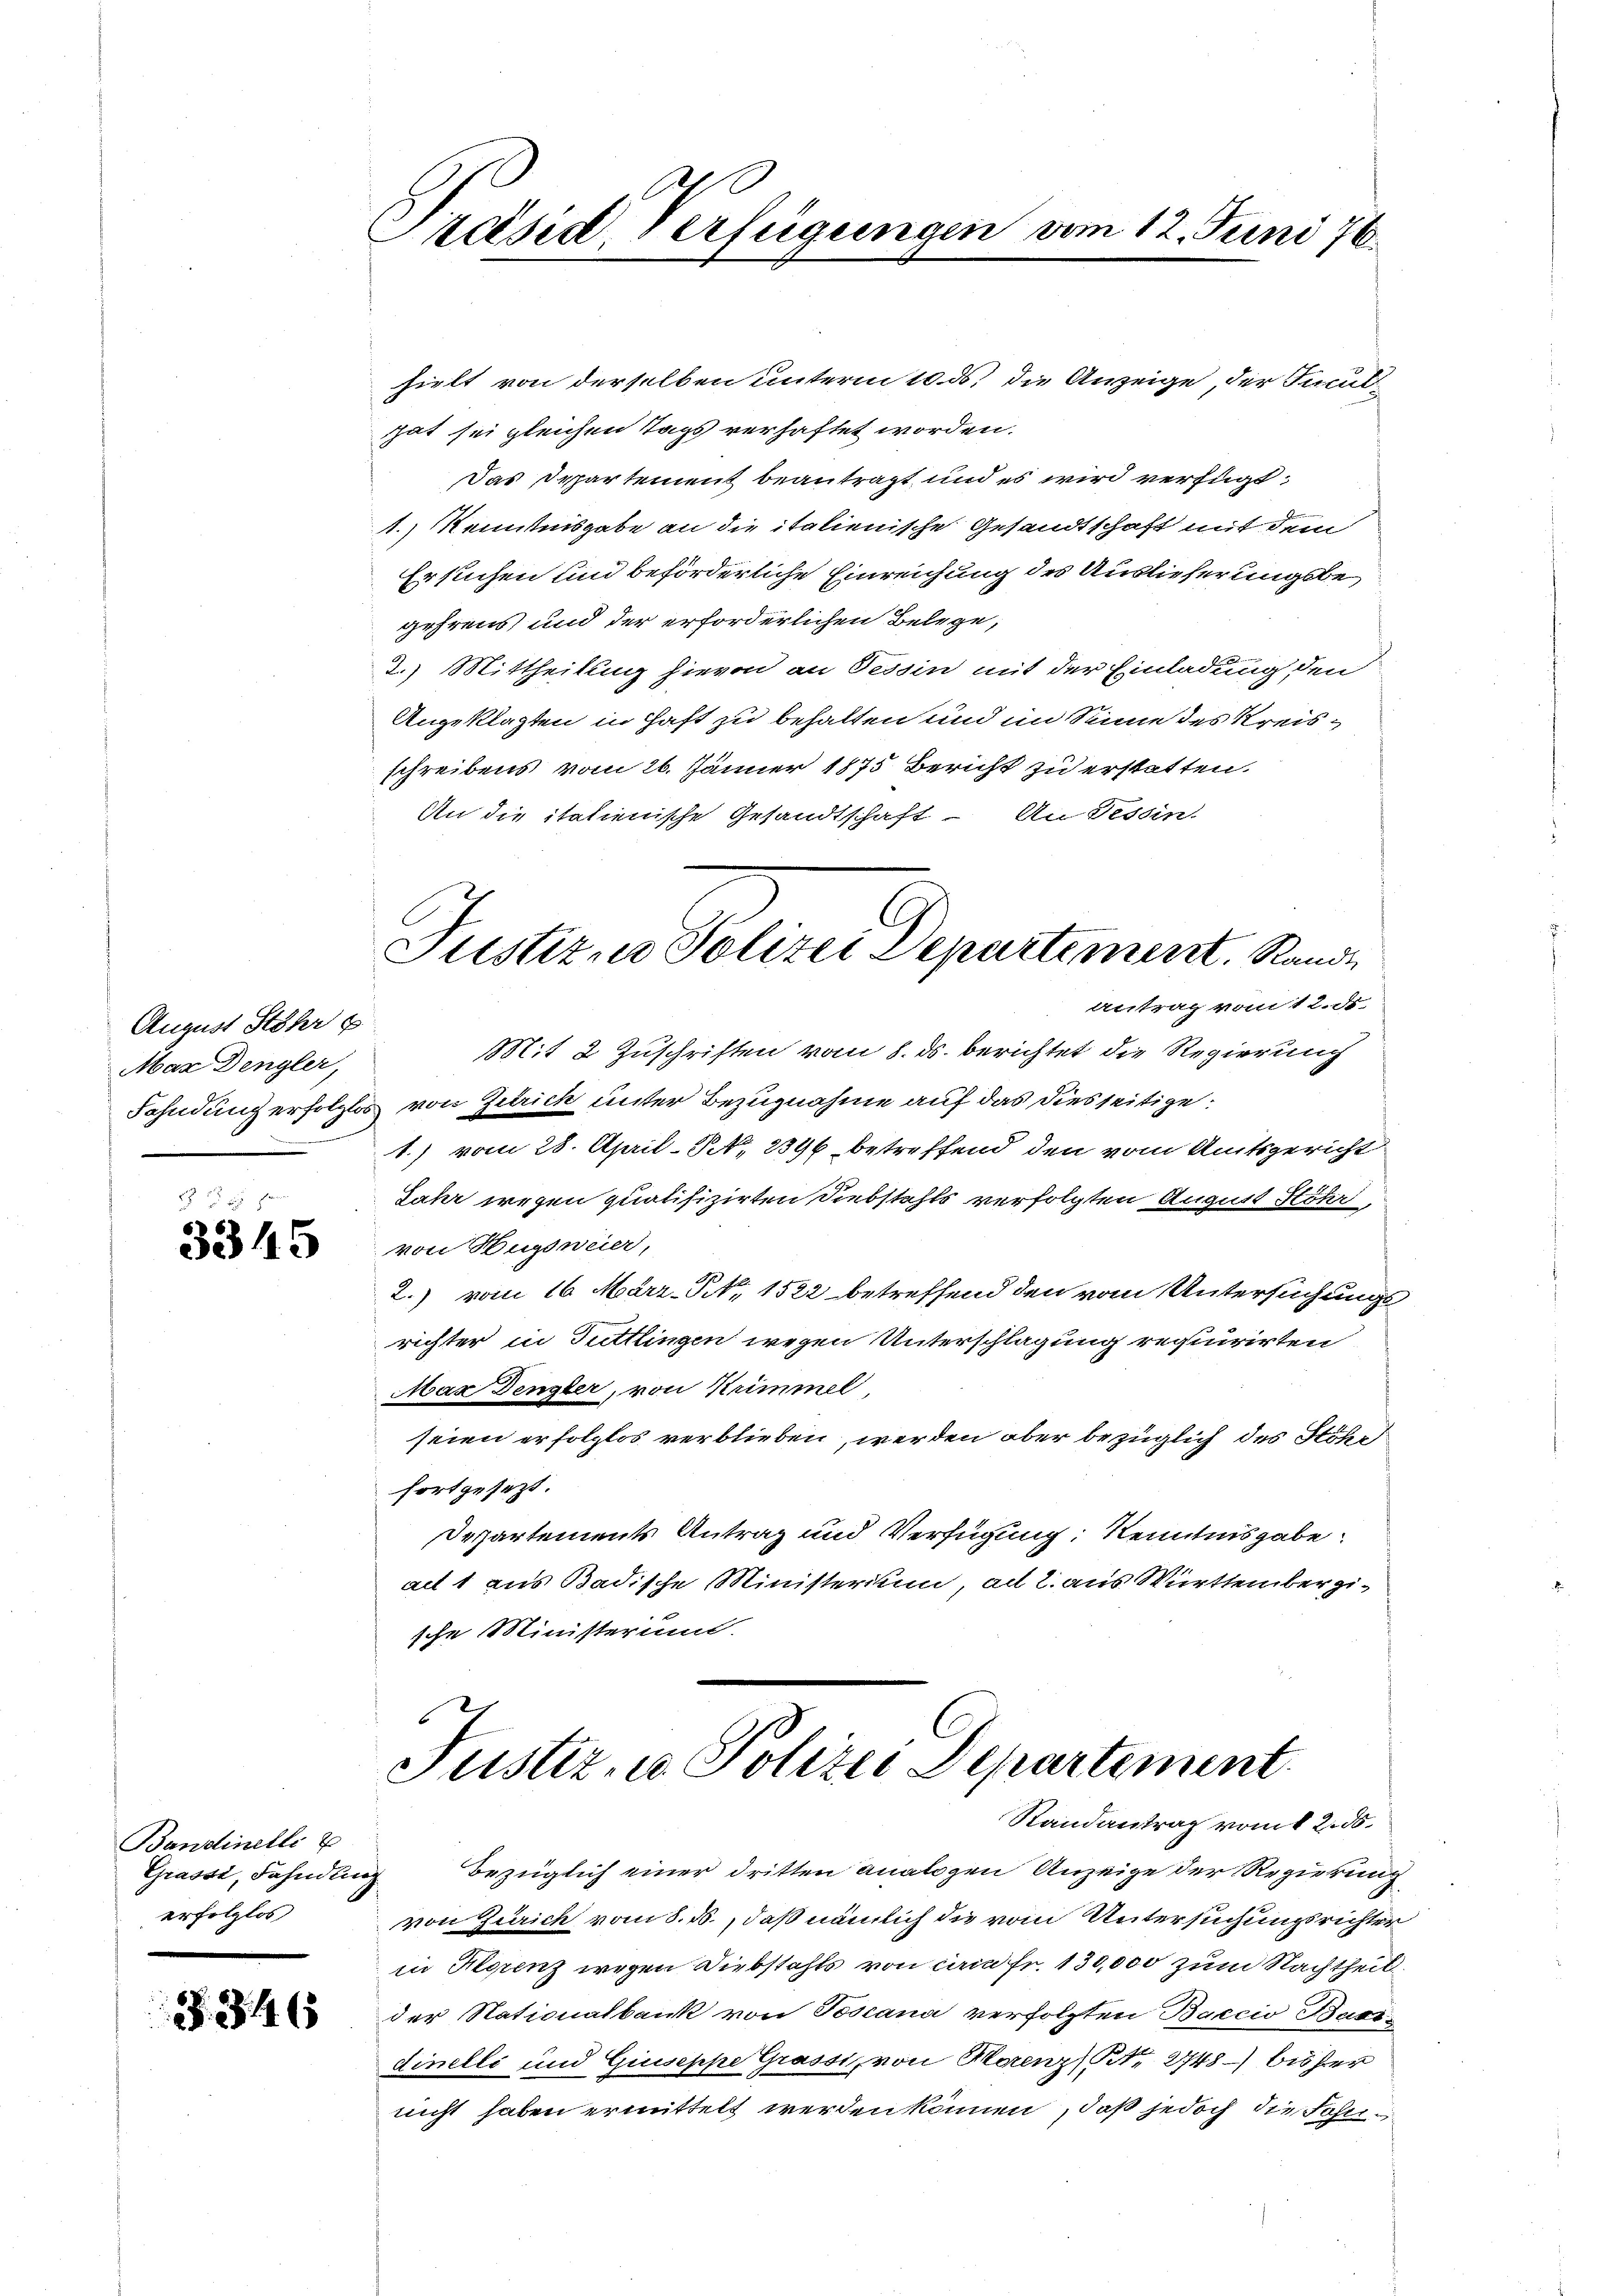
August Stöhr p
Mar Dengler,

ge
3345

Bandinelle E
erfolglos

§. 346

A
Präsid. Verfügungen vom 12. Juni 76.

hielt von derselben unterm 10. ds. die Anzeige, der Faculhat sei gleichen Tags verhaftet worden.
Das Departement beantragt, und es wird verfügt:
1.) Kenntnisgabe an die italienische Gesandtschaft mit dem
Ersuchen und beförderliche Einreichung des Auslieferungsbegehrens, und der erforderlichen Belege,
2.) Mittheilung hievon an Tessin mit der Einladung den
Angeklagten in Haft zu behalten und im Sinne des Kreisschreibens vom 26. Jänner 1875 Bericht zu erstatten.
An die italienische Gesandtschaft. An Tessin.
antrag vom 12. ds.
Mit 2 Zuschriften vom 8. ds. berichtet die Regierung
Fahndung erfolglos von Zürich unter Bezugnahme auf das diesseitige
1) vom 28. April-N. 2396 betreffend den vom Amtsgericht
Jahr wegen qualifizirten Diebstahls verfolgten August Höhr,
von Hugsweier,
2.) vom 16. März-No. 1582 betreffend den vom Untersuchungs-
richter in Tuttlingen wegen Unterschlagung requirirten
Max Denzler, von Krimmel
seien erfolglos verblieben, werden aber bezüglich des Höhe
fortgesezt.
Departements Antrag und Verfügung Kenntnisgabe
alt 1 aus Badische Ministerium, ad 2. aus Württembergische Ministerum.

Justizuo Polizei Departement. Rande

Justiz, u. Polizei Departement
Randantrag vom 12. ds.

Grassi, Fahndung bezüglich einer dritten analogen Anzeige der Regierung
von Zürich vom 8. ds., daß nämlich die vom Untersuchungsrichter
in Horenz wegen Diebstahls von cam Fr. 130,000 zum Nachtheil
der Nationalbank von Toscana verfolgten Baccio Basidinelli und Giuseppe Grasst, von Herrenz N. 2748 bisher
nicht haben ermittelt werden können, daß jedoch die Fohn¬